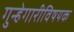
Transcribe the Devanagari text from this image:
गुन्हेगारीविषयक